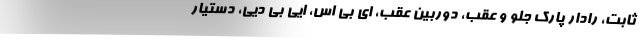
ثابت، رادار پارک جلو و عقب، دوربین عقب، ای بی اس، ایی بی دیی، دستیار